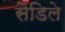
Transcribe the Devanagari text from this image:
सैंडिले